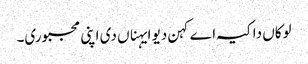
لوکاں دا کیہ اے کہن دیو ایہناں دی اپنی مجبوری۔